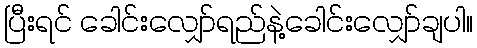
ပြီးရင် ခေါင်းလျှော်ရည်နဲ့ခေါင်းလျှော်ချပါ။